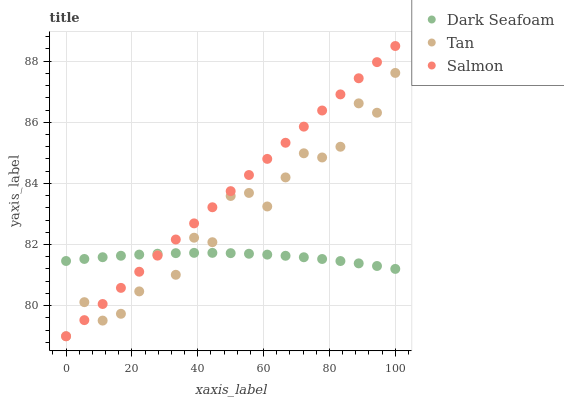
| xaxis_label | Dark Seafoam | Tan | Salmon |
 | --- | --- | --- | --- |
 | 0 | 81.5 | 79 | 79 |
 | 5.56 | 81.5 | 80.1 | 79.5 |
 | 11.1 | 81.6 | 79.5 | 80.1 |
 | 16.7 | 81.6 | 79.7 | 80.6 |
 | 22.2 | 81.7 | 80.5 | 81.1 |
 | 27.8 | 81.7 | 81.7 | 81.6 |
 | 33.3 | 81.7 | 81 | 82.2 |
 | 38.9 | 81.7 | 82.2 | 82.7 |
 | 44.4 | 81.7 | 82.1 | 83.2 |
 | 50 | 81.7 | 83.6 | 83.7 |
 | 55.6 | 81.7 | 83.7 | 84.3 |
 | 61.1 | 81.7 | 83.2 | 84.8 |
 | 66.7 | 81.6 | 84.2 | 85.3 |
 | 72.2 | 81.6 | 85 | 85.9 |
 | 77.8 | 81.5 | 84.8 | 86.4 |
 | 83.3 | 81.5 | 85.2 | 86.9 |
 | 88.9 | 81.4 | 86.6 | 87.4 |
 | 94.4 | 81.3 | 86.3 | 88 |
 | 100 | 81.2 | 87.6 | 88.5 |